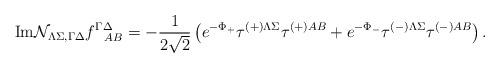
LaTeX: \begin{align*}{\rm Im}{\cal N }_{ \Lambda\Sigma,\Gamma\Delta}f^{\Gamma\Delta}_{~~AB}=-{1\over 2\sqrt{2}}\left(e^{-\Phi_+}\tau^{\left(+\right)\Lambda\Sigma}\tau^{\left(+\right)AB}+e^{-\Phi_-}\tau^{\left(-\right)\Lambda\Sigma}\tau^{\left(-\right)AB}\right).\end{align*}